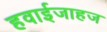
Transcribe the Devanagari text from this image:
हवाईजाहज